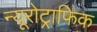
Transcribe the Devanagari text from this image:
न्यूरोट्राफिक